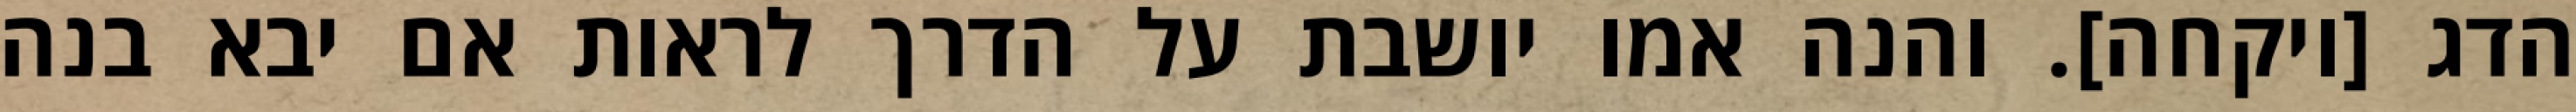
הדג [ויקחה]. והנה אמו יושבת על הדרך לראות אם יבא בנה